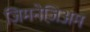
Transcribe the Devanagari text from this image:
जिमनेज़िअम